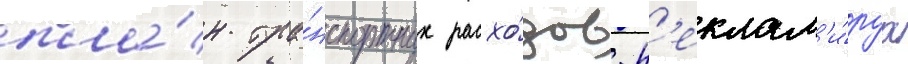
пла́н тра́нспортных расхо́дов. р'еклам'и́руа